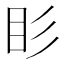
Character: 䀐